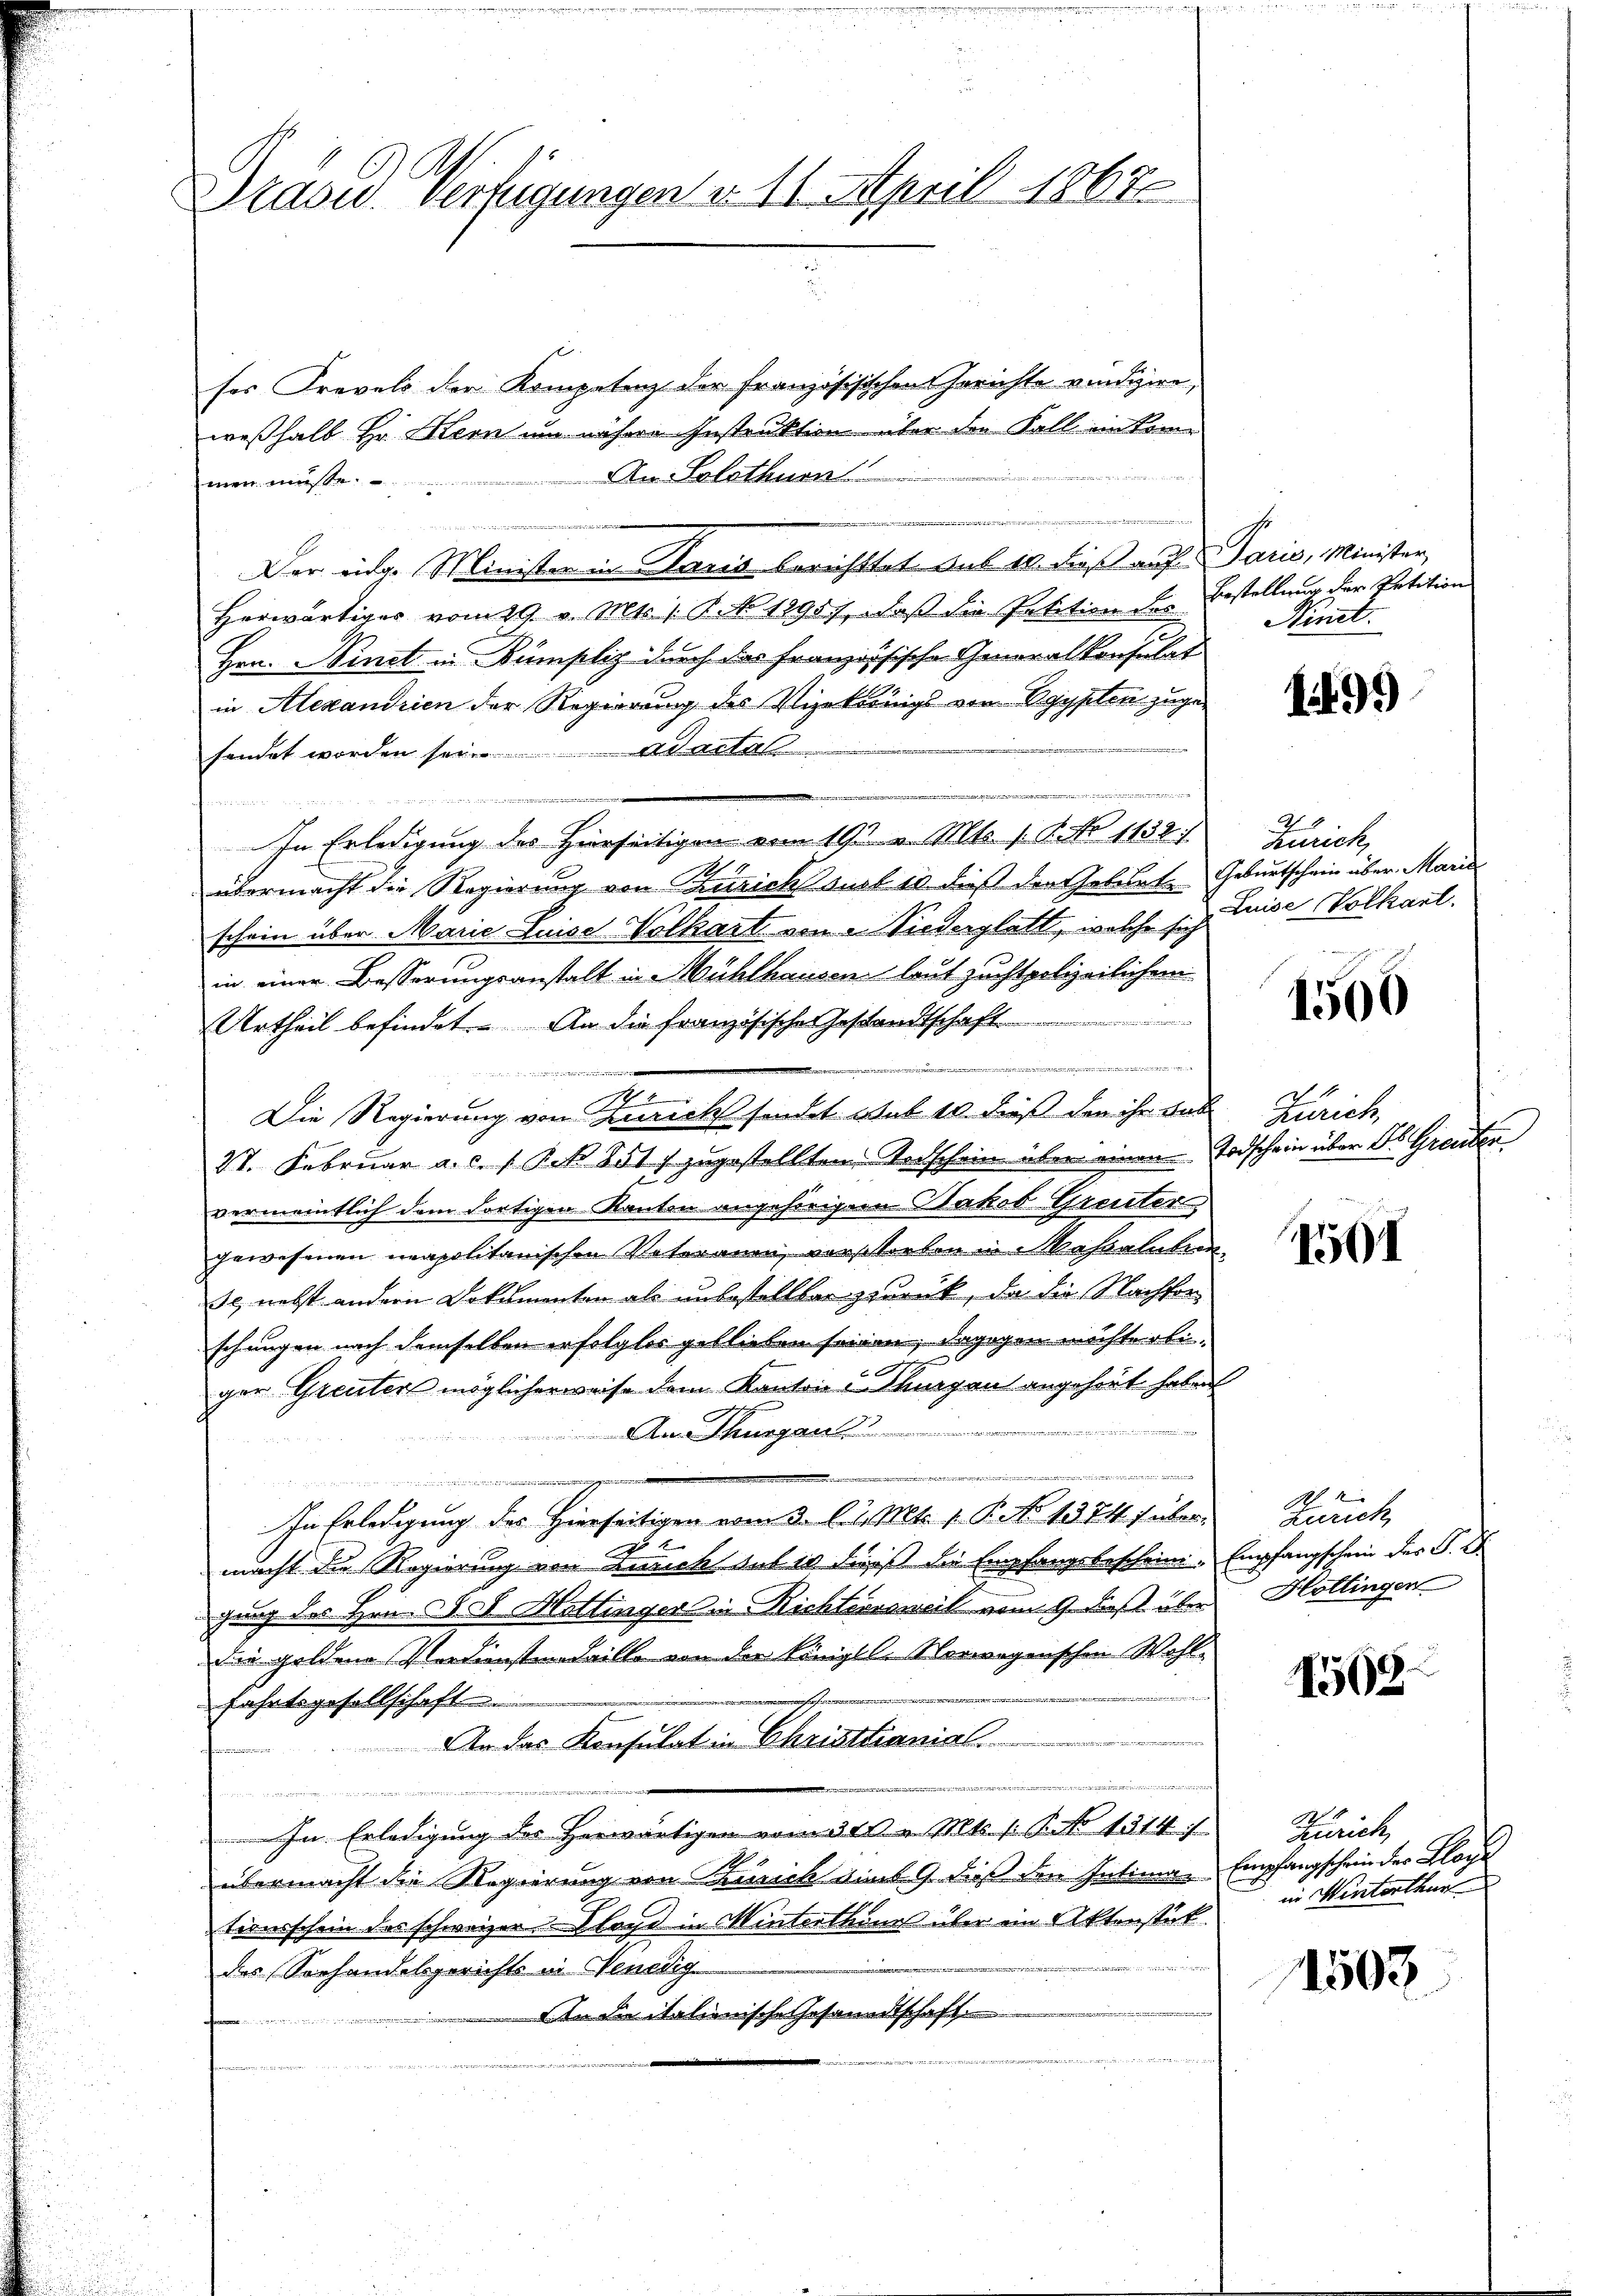
Präses Vertigungen v. 11. April 1862.

ses Frevels der Kompetenz der Französisischen Gerichte vindizire,
weßhalb Hr. Kern um nähere Instruktion über den Fall inteme
An Solothurn
men müsse.
Der eidg. Minister in Juris berichttet aus 10. dieß auf Paris, Minister,
Herwärtiger vom 29. v. Mts. 1. No. 1895), daß die Petition der Bestellung der Petition
Hrn. Hinet in Kümplig durch das französische Generalkonsulat
in Alexandrien der Regierung des Vizekrönigs von Egypten zugesendet worden sei. Adacte
.
a
In Erledigung des Hierseitigen vom 19t v. Mts. 1. 2. No 1138.
übermacht die Regierung von Zürich such 10 dieß der Gebiete Geburtschein über Marie
schein über Marie Luise Volkart von 2 Viederglatt, welche sich Luise Volkant.
in einer Besserungsanstalt in Mühlhausen laut zuchtpolizeilichen

Urtheil befindet. An die französischen Gestandtschaft
i

Die Regierung von Zürich sondet sub 10. dieß den ihr aus Zürich,
3t. Februar a. c. 1 Pk 8517 zugestellten Todschein über einen Todschein über Dr. Greuten
vermeintlich dem dortigen Kanton angehörigen Nakob Greuter
gewesenen neapolitanischen Vateranen, vorstorten in Massaluten
sc. nebst andern Dokumenten als unbestellter zurück, da die Nachforschungen nach demselben erfolglos geblieben seinen, dagegen möchte obis
b
ger Greuter möglicherweise dem Kanton Thurgau angehört haben
An Thurgau
e
v
In Erledigung des Hierseitigen vom 3. d. d. Mts. 1. P. No 1374 f übermacht die Regierung von Zusich sub 10 dieß die Empfangsbeschein Empfangschein des P. D.
gung des Hrn. S. S. Hottinger in Richtersweil vom 9. Fest über
die goldene Verdienstendaille von der Königl. Norwegenschen Wohl-
m
fahrtsgesellschaft
An das Konsulat in Christianial
i
In Erledigung des Herwärtigen vom 300. v. Mts. /: P. No 1314/
übermacht die Regierung von Zürich dient 9. dieß den Intima. Empfangschein der Bloche
tionsschein des schweizer Abord in Winterthanes über ein Aktenstück.
des Sorhandelsgerichts in Nenedig
Den die italienische Gesandtschaft
i in eine

Nint.

1499

Zürich,

1560

1591

1
Zürich,
Hottingen

1598.

Zürich,
in Hinterthur

1503